Reports on dispensaries and lunatic asylums in the Province of Oudh - 1869-1876
Year: 1869
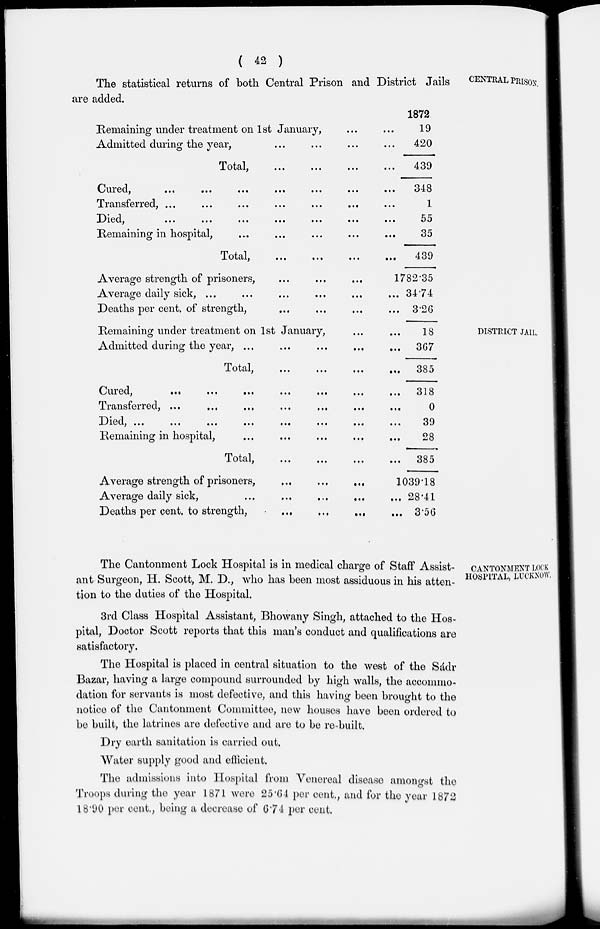
( 42 )
CENTRAL PRISON.
The statistical returns of both Central Prison and District Jails
are added.
Remaining under treatment on 1st January, ... ...
Admitted during the year, ... ... ... ...
Total, ... ... ... ...
Cured,
...
...
...
...
...
...
...
Transferred, ... ... ... ... ... ... ...
Died, ... ... ... ... ... ... ...
Remaining in hospital, ... ... ...
Total, ... ... ... ...
Average strength of prisoners, ... ... ...
Average daily sick, ... ... ... ... ... ...
Deaths per cent. of strength, ... ... ... ...
1872
19
420
439
348
1
55
35
439
1782.35
34.74
3.26
DISTRICT JAIL.
Remaining under treatment on 1st January, ... ...
Admitted during the year, ... ... ... ... ...
Total, ... ... ... ...
Cured, ... ... ... ... ... ... ...
Transferred, ... ... ... ... ... ... ...
Died, ... ... ... ... ... ... ... ...
Remaining in hospital, ... ... ... ... ...
Total, ... ... ... ...
Average strength of prisoners,
... ... ...
Average daily sick,
...
...
Deaths per cent. to strength,
...
...
...
...
18
367
385
318
0
39
28
385
1039.18
28.41
3.56
CANTONMENT LOCK
HOSPITAL, LUCKNOW.
The Cantonment Lock Hospital is in medical charge of Staff Assist-
ant Surgeon, H. Scott, M. D., who has been most assiduous in his atten-
tion to the duties of the Hospital.
3rd Class Hospital Assistant, Bhowany Singh, attached to the Hos-
pital, Doctor Scott reports that this man's conduct and qualifications are
satisfactory.
The Hospital is placed in central situation to the west of the Sádr
Bazar, having a large compound surrounded by high walls, the accommo-
dation for servants is most defective, and this having been brought to the
notice of the Cantonment Committee, new houses have been ordered to
be built, the latrines are defective and are to be re-built.
Dry earth sanitation is carried out.
Water supply good and efficient.
The admissions into Hospital from Venereal disease amongst the
Troops during the year 1871 were 25.64 per cent., and for the year 1872
18.90 per cent. being a decrease of 6.74 per cent.